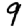
Digit: 9